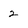
Character: 2